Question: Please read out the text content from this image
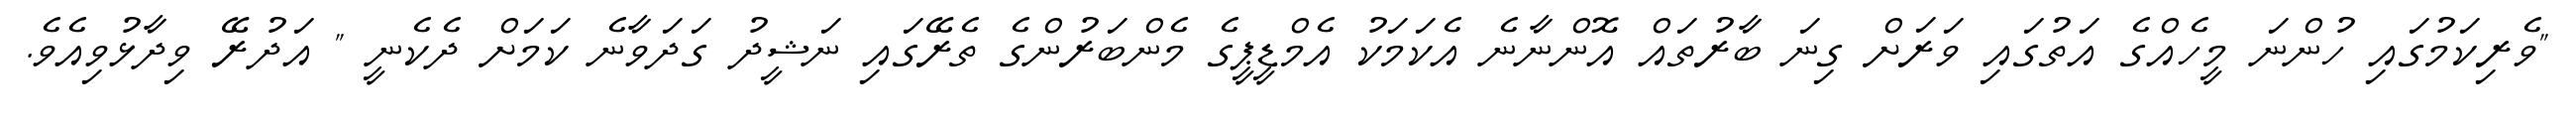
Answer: "ވެރިކަމުގައި ހުންނަ މީހެއްގެ އަތުގައި ވަރަށް ގިނަ ބާރުތައް އޮންނާނެ އެކަމަކު އެމްޑީޕީގެ މެންބަރުންގެ ތެރޭގައި ނަޝީދު ގަދަވާނެ ކަމަށް ދެކެނީ " އަދުރޭ ވިދާޅުވިއެވެ.